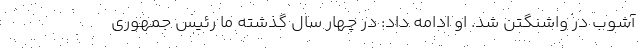
آشوب در واشنگتن شد. او ادامه داد: در چهار سال گذشته ما رئیس جمهوری